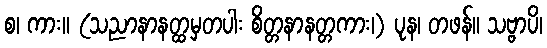
စ၊ ကား။ (သညာနာနတ္ထမှတပါး စိတ္တနာနတ္တကား၊) ပုန၊ တဖန်။ သဗ္ဗာပိ၊